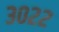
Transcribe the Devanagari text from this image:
३०२२